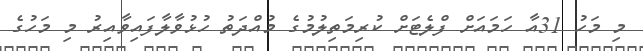
މި މަހު 31އާ ހަމައަށް ފްލެޓަށް ކުރިމަތިލުމުގެ މުއްދަތު ހުޅުވާލާފައިވާއިރު މި މަހުގެ